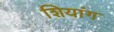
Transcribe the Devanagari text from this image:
शियांग